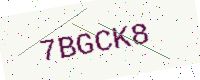
Text: 7BGCK8